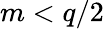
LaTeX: m<q/2